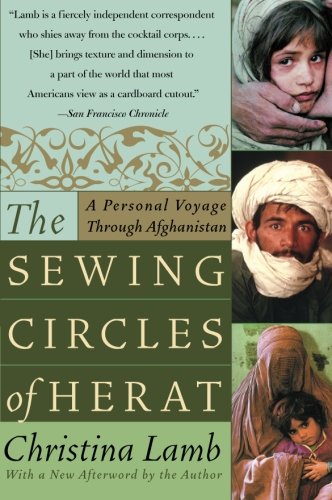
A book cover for The Sewing Circles of Herat: A Personal Voyage Through Afghanistan; Christina Lamb; Travel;